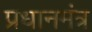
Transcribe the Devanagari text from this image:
प्रधानमंत्र